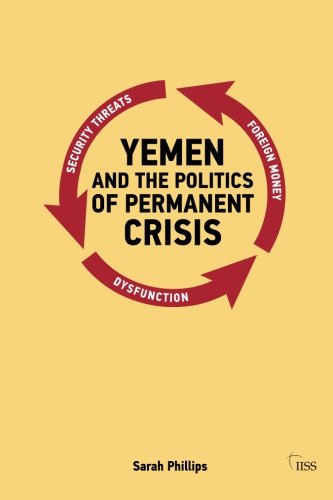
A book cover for Yemen and the Politics of Permanent Crisis (Adelphi series); Sarah Phillips; History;